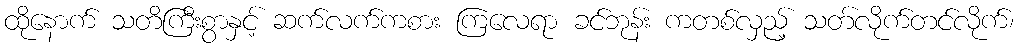
ထိုနောက် သတိကြီးစွာနှင့် ဆက်လက်ကစား ကြလေရာ ခင်ဘုန်း ကတစ်လှည့် သတ်လိုက်တင်လိုက်၊